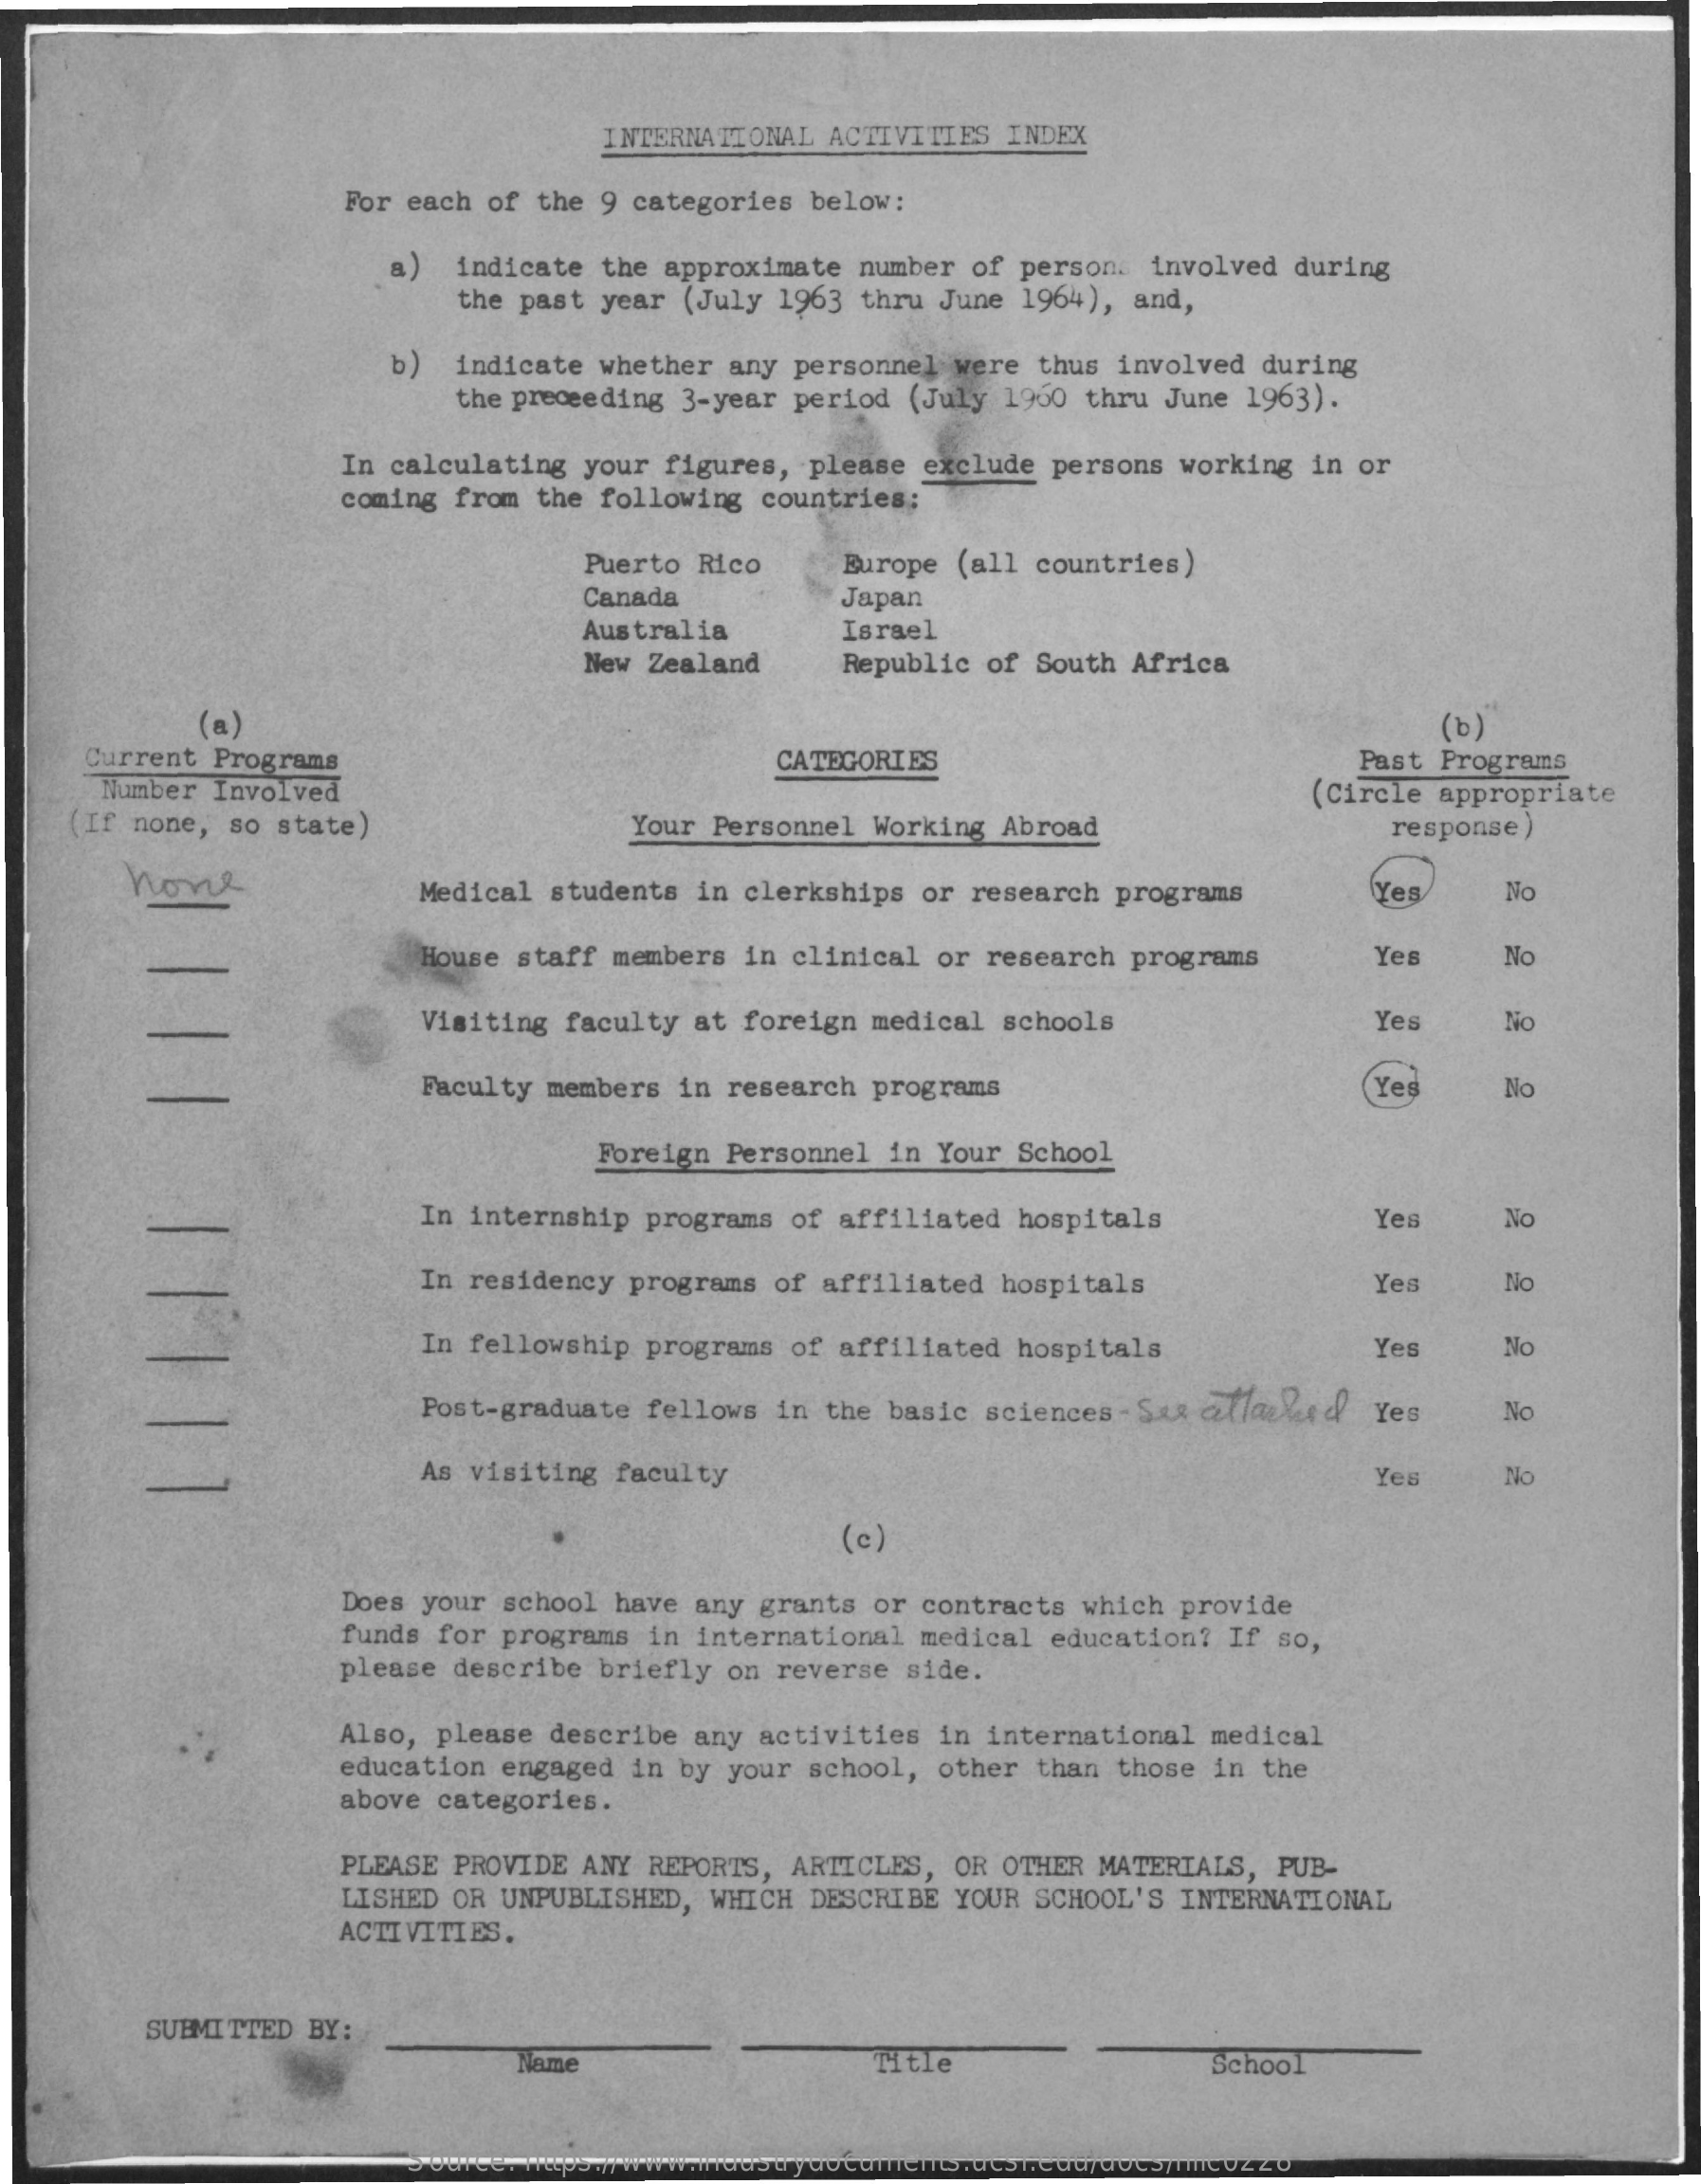
INTERNATIONAL  ACTIVITIES  INDEX
     For each  of the 9 categories  below:
     a)   indicate the approximate  number  of person.  involved during
     the past year  (July 1963  thru June 1964),  and,
     b)  indicate whether  any personnel  were thus  involved during
     the preceeding 3-year period  (July 1960  thru June 1963).
     In calculating  your figures,  please  exclude persons  working  in or
     coming from  the following  countries;
     Puerto Rico    Europe (all countries)
     Canada    Japan
     Australia    Israel
     New Zealand    Republic  of South Africa
     (a)    (b)
     Current Programs
     Number Involved
     CATEGORIES    Past Programs
     (Circle appropriate
     (If none, so  state)    Your  Personnel Working  Abroad    response )
     hove    Medical  students in  clerkships  or research programs    Yes    No
     House  staff members  in clinical or  research programs    Yes    No
     Visiting  faculty at  foreign medical  schools    Yes    No
     Faculty members  in  research programs    Yes    No
     Foreign  Personnel in  Your School
     In internship  programs  of affiliated  hospitals    Yes    No
     In residency  programs  of affiliated  hospitals    Yes    No
     In fellowship  programs  of affiliated  hospitals    Yes    No
     Post-graduate  fellows  in the basic  sciences - Sur allached   Yes    No
     As visiting  faculty    Yes    No
     (c)
     Does your  school have any  grants or contracts  which  provide
     funds for programs  in  international medical  education?  If so,
     please describe  briefly  on reverse  side.
     Also, please  describe any  activities  in international  medical
     education engaged  in by  your school,  other than  those in the
     above categories.
     PLEASE PROVIDE  ANY REPORTS,  ARTICLES,  OR OTHER MATERIALS,  PUB-
     LISHED OR UNPUBLISHED,  WHICH  DESCRIBE  YOUR SCHOOL'S  INTERNATIONAL
     ACTIVITIES.
     SUBMITTED  BY:
     Name    Title    School
     Source: https://www.industrydocuments.ucsf.edu/docs/nllc0228